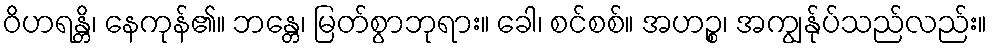
ဝိဟရန္တိ၊ နေကုန်၏။ ဘန္တေ၊ မြတ်စွာဘုရား။ ခေါ၊ စင်စစ်။ အဟဉ္စ၊ အကျွန်ုပ်သည်လည်း။